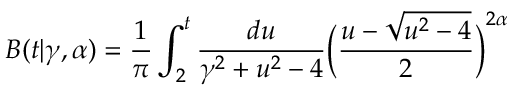
B ( t | \gamma , \alpha ) = \frac { 1 } { \pi } \int _ { 2 } ^ { t } \frac { d u } { \gamma ^ { 2 } + u ^ { 2 } - 4 } \bigg ( \frac { u - \sqrt { u ^ { 2 } - 4 } } { 2 } \bigg ) ^ { 2 \alpha }